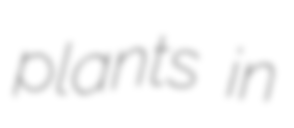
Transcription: plants in